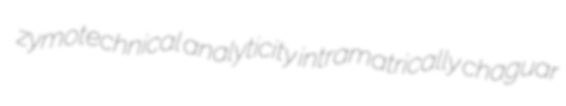
zymotechnical analyticity intramatrically chaguar